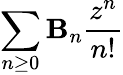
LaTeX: \sum_{n\geq0}\mathbf{B}_{n}{\frac{{z^{n}}}{{n!}}}